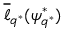
\overline { { \ell } } _ { q ^ { * } } ( \psi _ { q ^ { * } } ^ { * } )